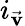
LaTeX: i_{\vec{\textbf{v}}}